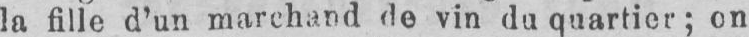
la fille d’un marchand de vin du quartier; on